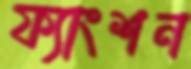
ফ্যাংশন